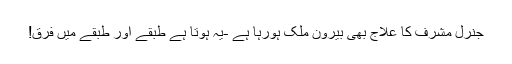
جنرل مشرف کا علاج بھی بیرون ملک ہورہا ہے -یہ ہوتا ہے طبقے اور طبقے میں فرق!